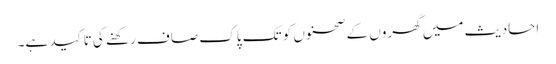
احادیث میں گھروں کے صحنوں کو تک پاک صاف رکھنے کی تاکید ہے۔